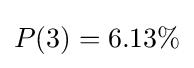
P(3)=6.13\%